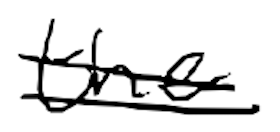
Text: the
Cross-out: mix
Writing tool: digital_black